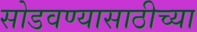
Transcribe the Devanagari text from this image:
सोडवण्यासाठीच्या